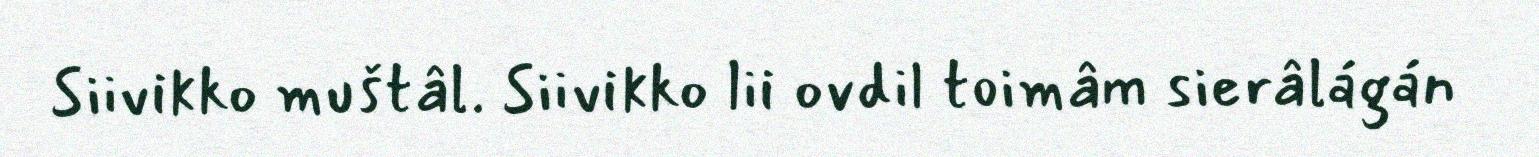
Siivikko muštâl. Siivikko lii ovdil toimâm sierâlágán